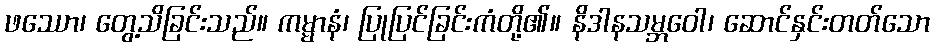
ဖဿော၊ တွေ့သိခြင်းသည်။ ကမ္မာနံ၊ ပြုပြင်ခြင်းကံတို့၏။ နိဒါနသမ္ဘဝေါ၊ ဆောင်နှင်းတတ်သော